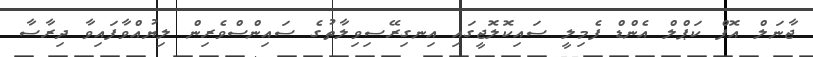
ޖާނަލް އޮފް ކަޕްލް އެންޑް ފެމިލީ ސައިކޮލޮޖީގައި އިނގިރޭސިވިލާތުގެ ސައިންސްވެރިން ލިޔުއްވާފައިވާ ދިރާސާ